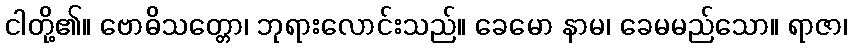
ငါတို့၏။ ဗောဓိသတ္တော၊ ဘုရားလောင်းသည်။ ခေမော နာမ၊ ခေမမည်သော။ ရာဇာ၊